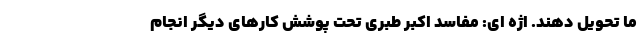
ما تحویل دهند. اژه ای: مفاسد اکبر طبری تحت پوشش کارهای دیگر انجام